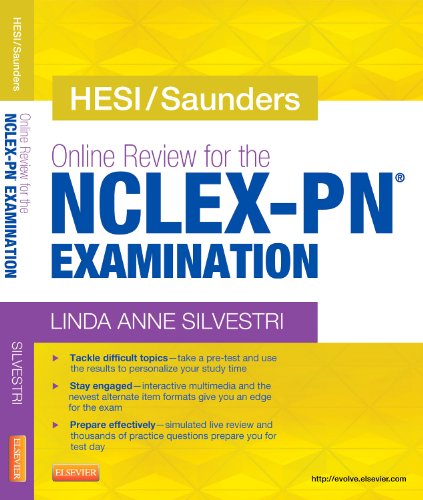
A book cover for HESI/Saunders Online Review for the NCLEX-PN Examination (1 Year) (Access Card), 1e; Linda Anne Silvestri PhD  RN; Medical Books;